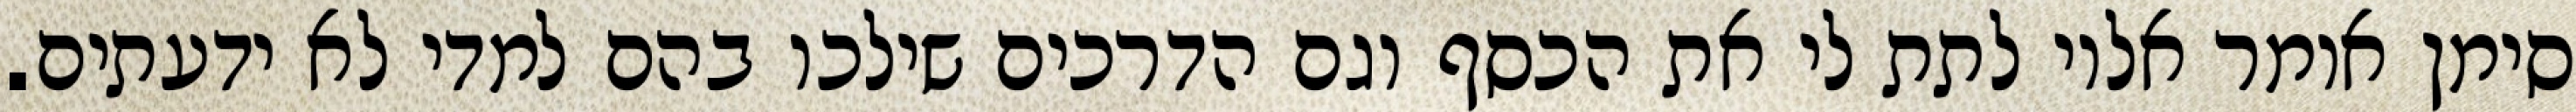
סימן אומר אליו לתת לי את הכסף וגם הדרכים שילכו בהם למדי לא ידעתים.